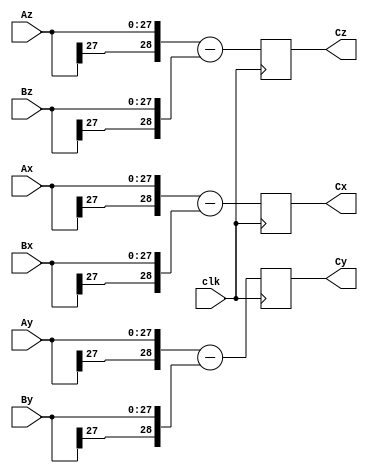
module vectsub (Ax, Ay, Az, Bx, By, Bz, Cx, Cy, Cz, clk);
    input[28 - 1:0] Ax; 
    input[28 - 1:0] Ay; 
    input[28 - 1:0] Az; 
    input[28 - 1:0] Bx; 
    input[28 - 1:0] By; 
    input[28 - 1:0] Bz; 
    output[28:0] Cx; 
    reg[28:0] Cx;
    output[28:0] Cy; 
    reg[28:0] Cy;
    output[28:0] Cz; 
    reg[28:0] Cz;
    input clk; 
    always @(posedge clk)
    begin
       Cx <= ({Ax[28 - 1], Ax}) - ({Bx[28 - 1], Bx}) ; 
       Cy <= ({Ay[28 - 1], Ay}) - ({By[28 - 1], By}) ; 
       Cz <= ({Az[28 - 1], Az}) - ({Bz[28 - 1], Bz}) ;  
    end 
 endmodule